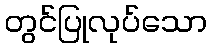
တွင်ပြုလုပ်သော